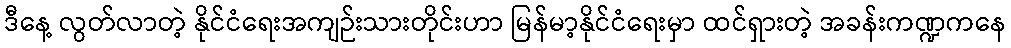
ဒီနေ့ လွတ်လာတဲ့ နိုင်ငံရေးအကျဉ်းသားတိုင်းဟာ မြန်မာ့နိုင်ငံရေးမှာ ထင်ရှားတဲ့ အခန်းကဏ္ဍကနေ